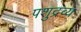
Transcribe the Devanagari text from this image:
पशुद्रव्य